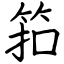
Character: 筘